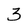
Character: 3